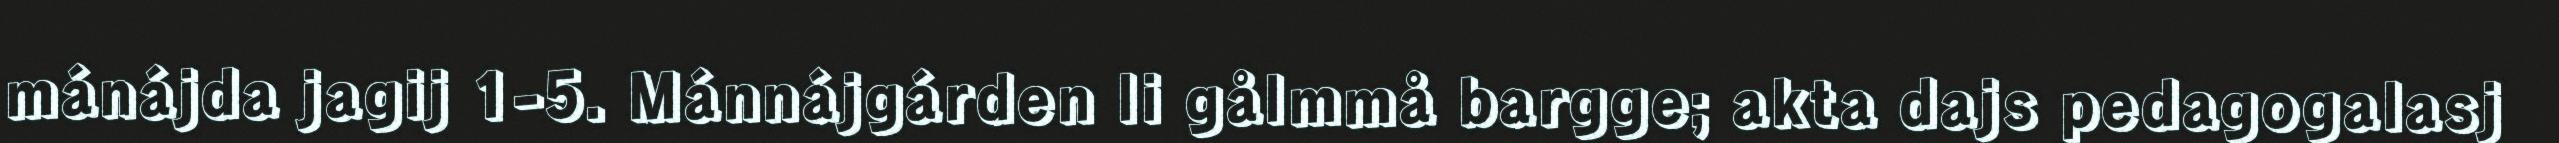
mánájda jagij 1-5. Mánnájgárden li gålmmå bargge; akta dajs pedagogalasj